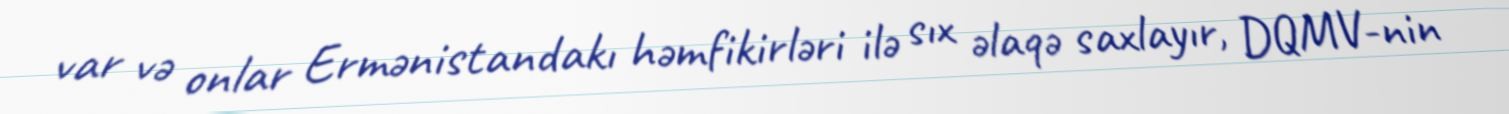
var və onlar Ermənistandakı həmfikirləri ilə sıx əlaqə saxlayır, DQMV-nin